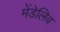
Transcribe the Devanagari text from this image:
मेंडेलिव